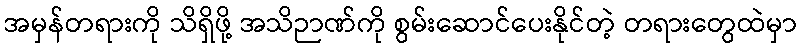
အမှန်တရားကို သိရှိဖို့ အသိဉာဏ်ကို စွမ်းဆောင်ပေးနိုင်တဲ့ တရားတွေထဲမှာ